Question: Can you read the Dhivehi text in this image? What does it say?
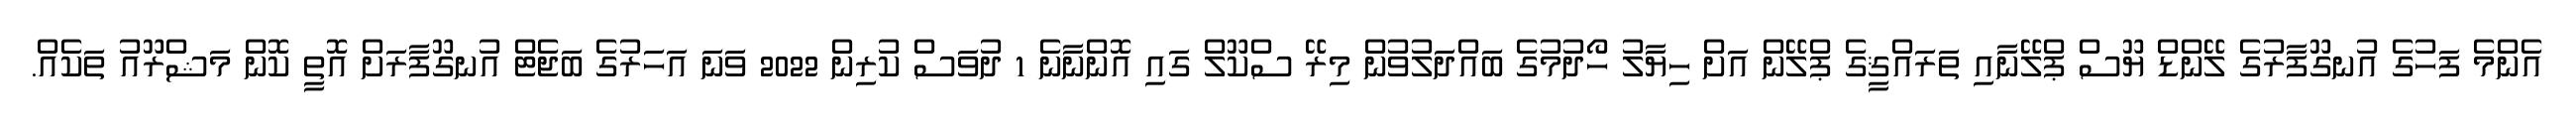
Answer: އެންމެ ފަހުގެ އުނގޫފާރުގެ ލޭންޑް ޔޫސް ޕްލޭނާއި ތަރައްޤީގެ ޕްލޭން އަށް ހިޔާލު ހޯދުމުގެ ބައްދަލުވުން މިރޭ ސްކޫލް ގައި އޮންނާނެ 1 ދުވަސް ކުރިން 2022 ވަނަ އަހަރުގެ ބަޖެޓް އުނގޫފާރަށް އޮތީ ކޮން މަޝްރޫއު ތަކެއް.